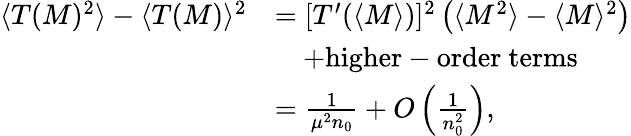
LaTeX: \begin{array}{rl}{\langle T(M)^{2}\rangle-\langle T(M)\rangle^{2}}&{=[T^{\prime}(\langle M\rangle)]^{2}\left(\langle M^{2}\rangle-\langle M\rangle^{2}\right)}\\ &{\quad+\mathrm{higher-order~terms}}\\ &{=\frac{1}{\mu^{2}n_{0}}+O\left(\frac{1}{n_{0}^{2}}\right),}\end{array}